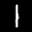
Label: 1